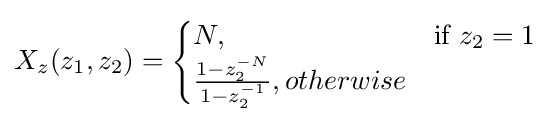
X_{z}(z_{1},z_{2})={\begin{cases}N,&{\mbox{if }}z_{2}=1\\{\frac {1-z_{2}^{-N}}{1-z_{2}^{-1}}},otherwise\end{cases}}